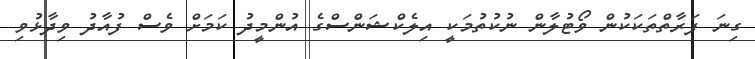
ގިނަ ފަރާތްތަކަކުން ވޯޓުލާން ނުކުތުމަކީ އިލެކްޝަންސްގެ އުންމީދު ކަމަށް ވެސް ފުއާދު ވިދާޅުވި